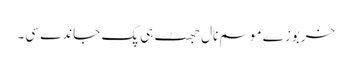
خربوزے موسم نال جھٹ ہی پک جاندے سی۔